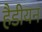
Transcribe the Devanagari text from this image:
हैडीयन